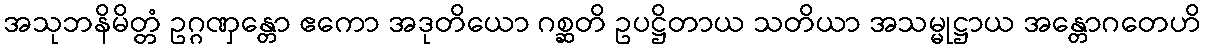
အသုဘနိမိတ္တံ ဥဂ္ဂဏှန္တော ဧကော အဒုတိယော ဂစ္ဆတိ ဥပဋ္ဌိတာယ သတိယာ အသမ္မုဋ္ဌာယ အန္တောဂတေဟိ